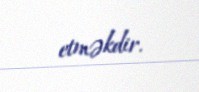
etməkdir.